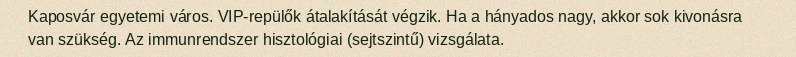
Kaposvár egyetemi város. VIP-repülők átalakítását végzik. Ha a hányados nagy, akkor sok kivonásra van szükség. Az immunrendszer hisztológiai (sejtszintű) vizsgálata.